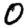
Digit: 0